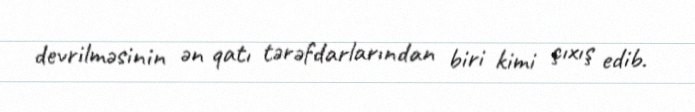
devrilməsinin ən qatı tərəfdarlarından biri kimi çıxış edib.